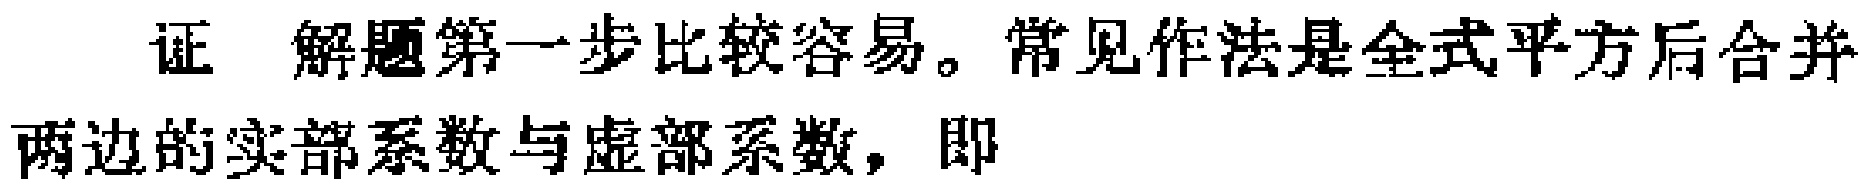
证 解题第一步比较容易。常见作法是全式平方后合并两边的实部系数与虚部系数，即